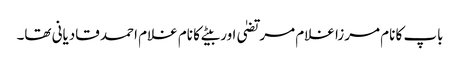
باپ کا نام مرزا غلام مرتضیٰ اور بیٹے کا نام غلام احمد قادیانی تھا۔